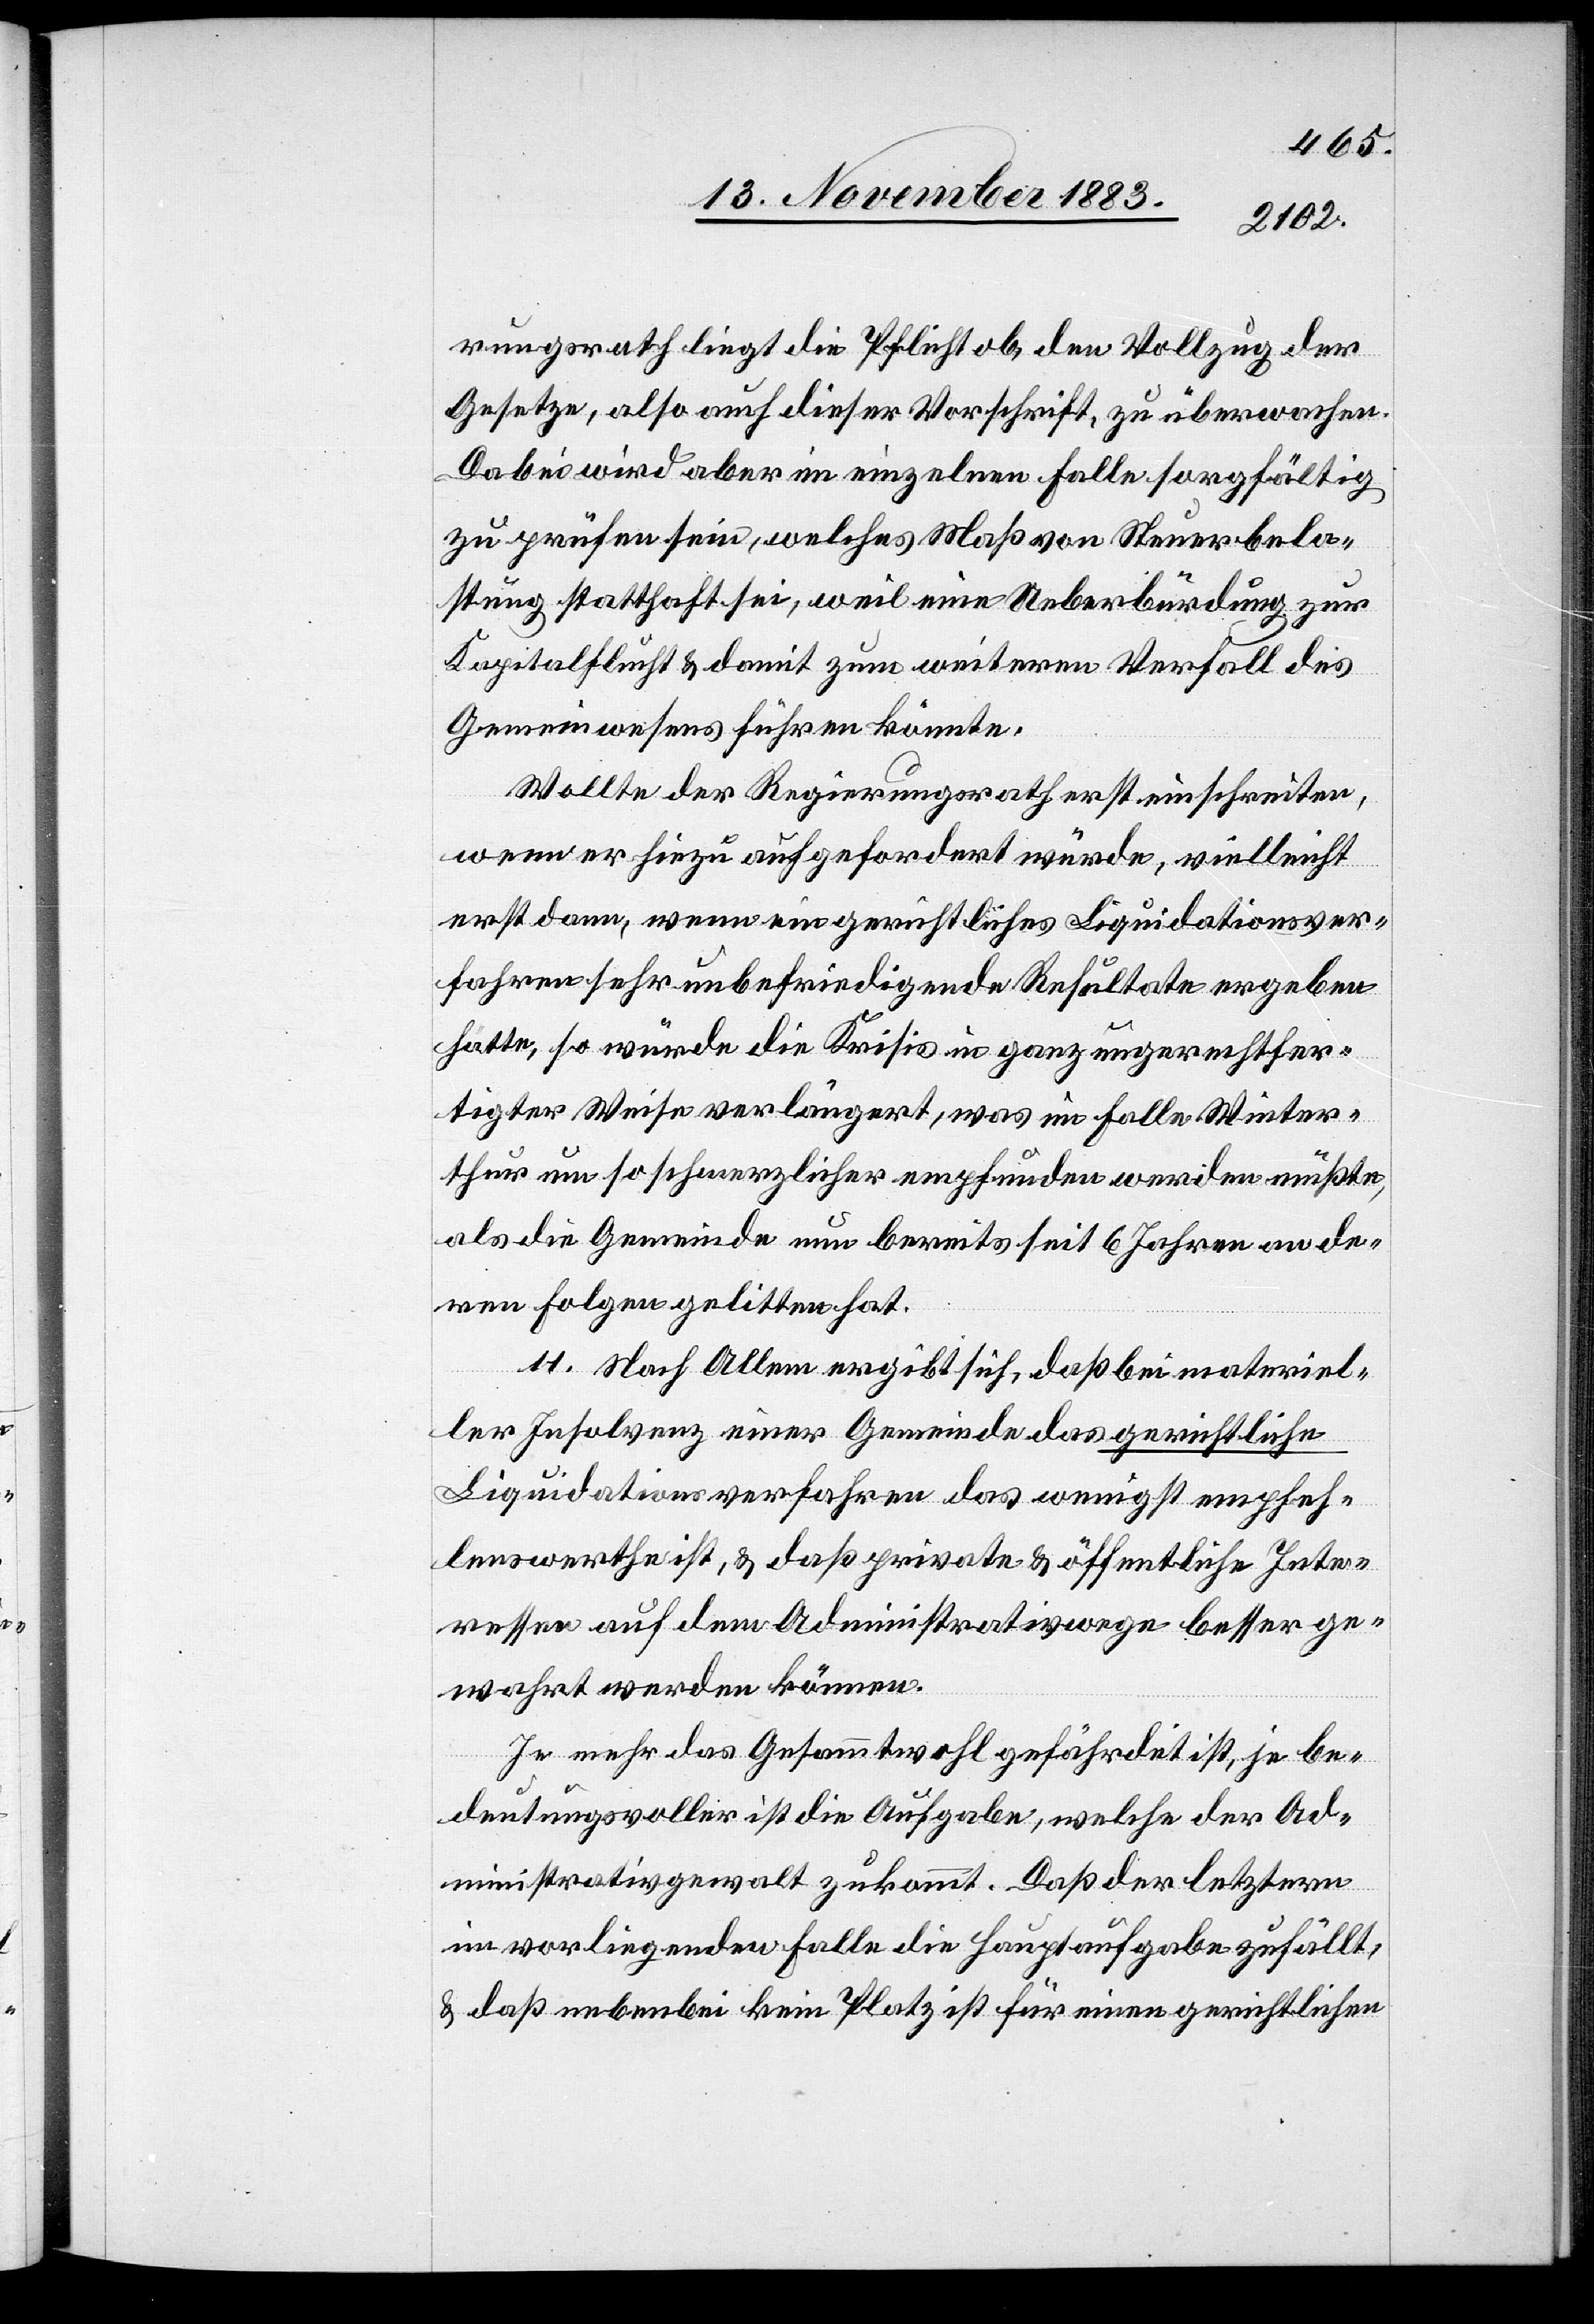
rungsrath liegt die Pflicht ob, den Vollzug der
Gesetze, also auch dieser Vorschrift, zu überwachen.
Dabei wird aber im einzelnen Falle sorgfältig
zu prüfen sein, welches Maß von Steuerbelastung
Kapitalflucht & damit zum weiteren Verfall des
Gemeinwesens führen könnte.
Wollte der Regierungsrath erst einschreiten,
wenn er hiezu aufgefordert würde, vielleicht
erst dann, wenn ein gerichtliches Liquidationsver¬
fahren sehr unbefriedigende Resultate ergeben
hatte, so würde die Krisis in ganz ungerechtfer¬
tigter Weise verlängert, was im Falle Winter¬
thur umso schmerzlicher empfunden werden müßte,
als die Gemeinde nun bereits seit 6 Jahren an de¬
ren Folgen gelitten hat.
11. Nach Allem ergibt sich, daß bei materiel¬
ler Insolvenz einer Gemeinde das gerichtliche
Liquidationsverfahren das wenigst empfeh¬
lenswerthe ist, & daß private & öffentliche Inte¬
ressen auf dem Administrativwege besser ge¬
wahrt werden können.
Je mehr das Gesammtwohl gefährdet ist, je be¬
deutungsvoller ist die Aufgabe, welche der Ad¬
ministrativgewalt zukommt. Daß der letztern
im vorliegenden Falle die Hauptaufgabe zufällt,
& daß nebenbei kein Platz ist für einen gerichtlichen